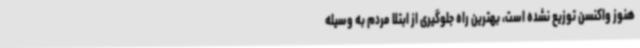
هنوز واکنسن توزیع نشده است، بهترین راه جلوگیری از ابتلا مردم به وسیله